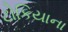
ટોકિયાના